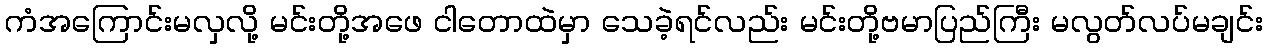
ကံအကြောင်းမလှလို့ မင်းတို့အဖေ ငါတောထဲမှာ သေခဲ့ရင်လည်း မင်းတို့ဗမာပြည်ကြီး မလွတ်လပ်မချင်း